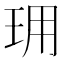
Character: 𤤪